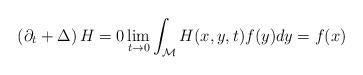
LaTeX: \begin{align*}\left( \partial_t +\Delta\right)H=0 \lim\limits_{t\to 0}\int_{\mathcal{M}}H(x,y,t)f(y)dy=f(x)\end{align*}